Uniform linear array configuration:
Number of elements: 64
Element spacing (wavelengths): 1
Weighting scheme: hann
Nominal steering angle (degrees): -30
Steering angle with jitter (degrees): -28.215
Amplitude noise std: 0.05
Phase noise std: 0.05

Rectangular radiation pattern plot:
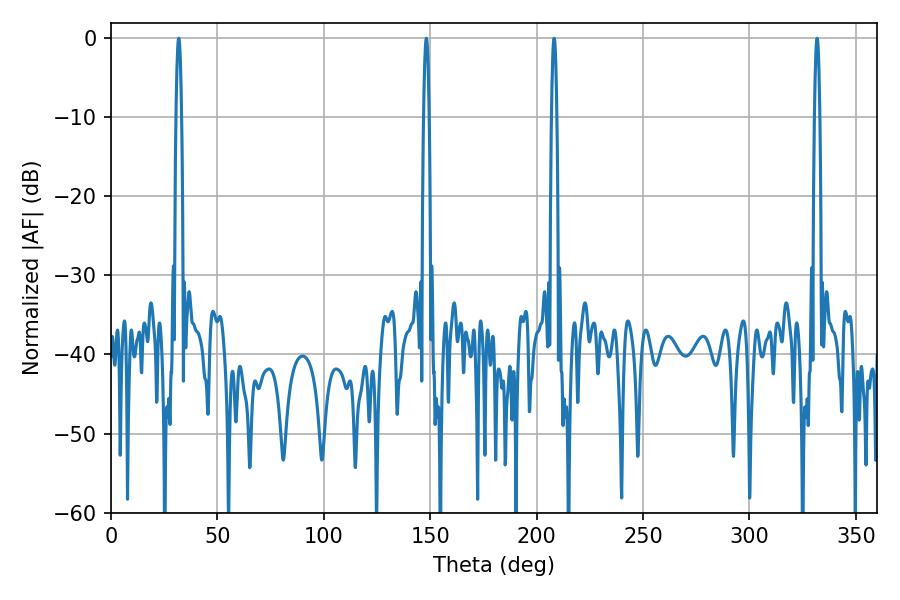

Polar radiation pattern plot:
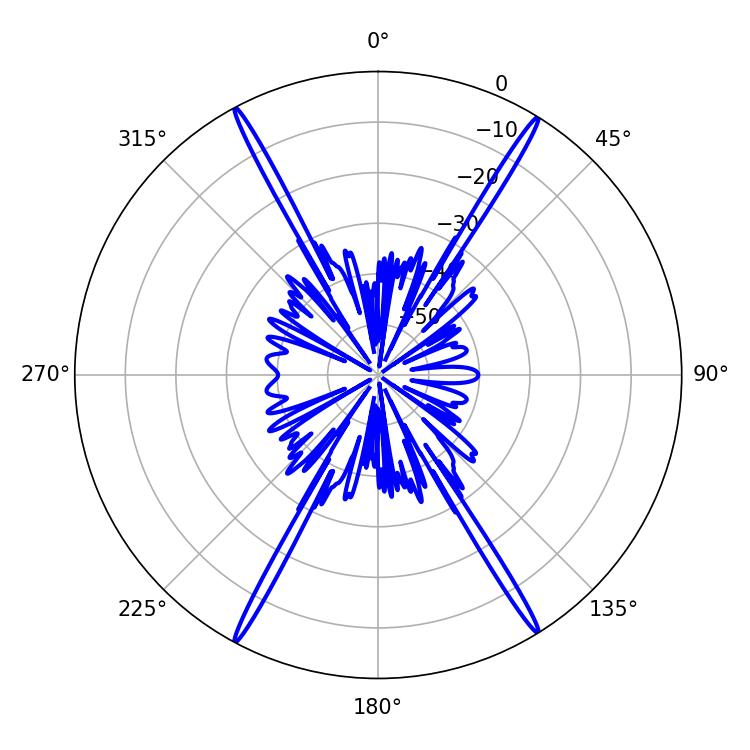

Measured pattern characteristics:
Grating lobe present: TRUE
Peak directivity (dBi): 27.073
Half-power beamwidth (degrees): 1.44
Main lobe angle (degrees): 31.86